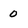
Character: 0